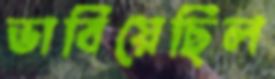
ভাবিয়েছিল